Scottish Leaving Certificate Examination, 1959
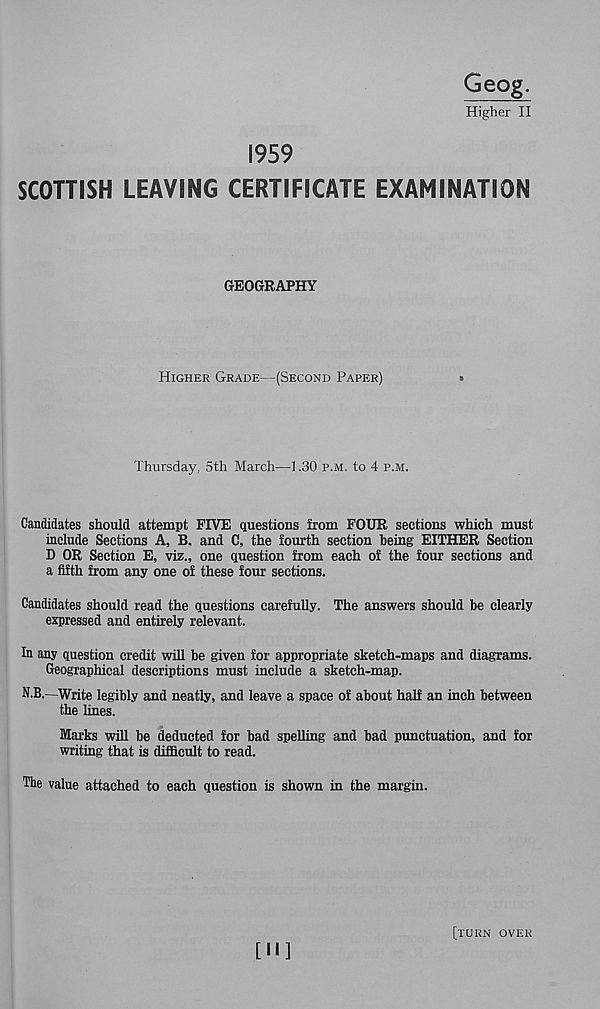
1959
SCOTTISH LEAVING CERTIFICATE EXAMINATION
GEOGRAPHY
Higher Grade—(Second Paper)
Thursday, 5th March—1.30 p.m. to 4 p.m.
Candidates should attempt FIVE questions from FOUR sections which must
include Sections A, B. and C, the fourth section being EITHER Section
D OR Section E, viz., one question from each of the four sections and
a fifth from any one of these four sections.
Candidates should read the questions carefully. The answers should be clearly
expressed and entirely relevant.
In any question credit will be given for appropriate sketch-maps and diagrams.
Geographical descriptions must include a sketch-map.
N.B.—Write legibly and neatly, and leave a space of about half an inch between
the lines.
Marks will be deducted for bad spelling and bad punctuation, and for
writing that is difficult to read.
The value attached to each question is shown in the margin.
[M]
[turn over